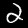
Label: 2